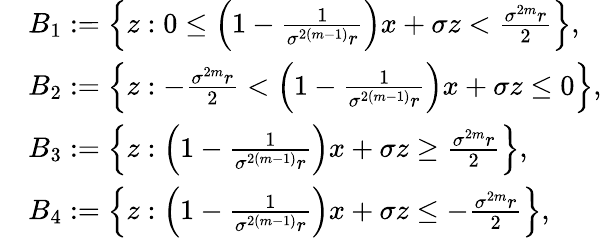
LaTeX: \begin{array}{rl}&{B_{1}:=\left\lbrace z:0\leq\left(1-\frac{1}{\sigma^{2(m-1)}r}\right)x+\sigma z<\frac{\sigma^{2m}r}{2}\right\rbrace,}\\ &{B_{2}:=\left\lbrace z:-\frac{\sigma^{2m}r}{2}<\left(1-\frac{1}{\sigma^{2(m-1)}r}\right)x+\sigma z\leq 0\right\rbrace,}\\ &{B_{3}:=\left\lbrace z:\left(1-\frac{1}{\sigma^{2(m-1)}r}\right)x+\sigma z\geq\frac{\sigma^{2m}r}{2}\right\rbrace,}\\ &{B_{4}:=\left\lbrace z:\left(1-\frac{1}{\sigma^{2(m-1)}r}\right)x+\sigma z\leq-\frac{\sigma^{2m}r}{2}\right\rbrace,}\end{array}